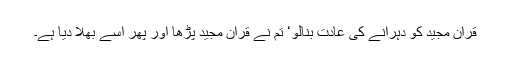
قرآن مجید کو دہرانے کی عادت بنالو‘ تم نے قرآن مجید پڑھا اور پھر اسے بھلا دیا ہے۔